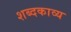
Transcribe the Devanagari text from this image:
शब्दकाव्य